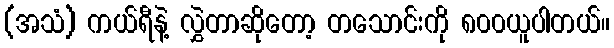
(အသံ) ကယ်ရီနဲ့ လွှဲတာဆိုတော့ တသောင်းကို ၈၀၀ယူပါတယ်။